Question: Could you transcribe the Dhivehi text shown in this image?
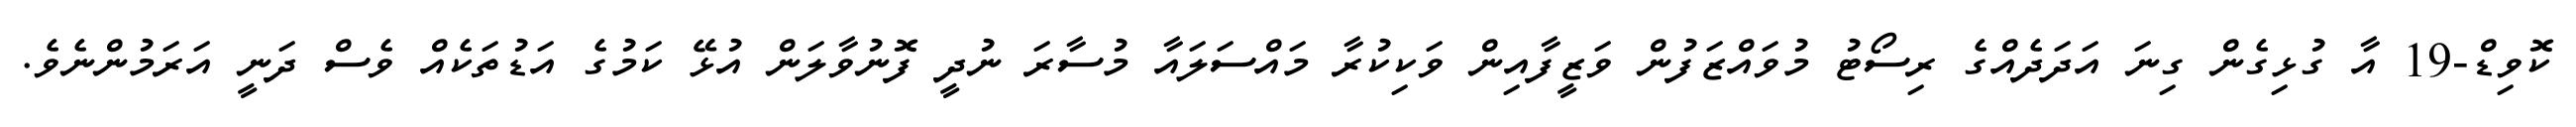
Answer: ކޮވިޑް-19 އާ ގުޅިގެން ގިނަ އަދަދެއްގެ ރިސޯޓު މުވައްޒަފުން ވަޒީފާއިން ވަކިކުރާ މައްސަލައާ މުސާރަ ނުދީ ފޮނުވާލަން އުޅޭ ކަމުގެ އަޑުތަކެއް ވެސް ދަނީ އަރަމުންނެވެ.